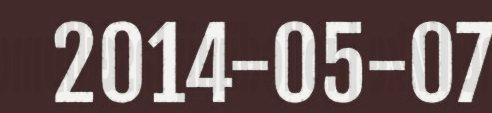
2014-05-07